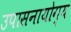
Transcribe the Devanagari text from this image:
उपासनायोग्य